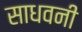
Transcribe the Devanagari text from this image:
साधवनी